Mental hospitals Bombay report 1929-33 - 1929-1933
Year: 1929
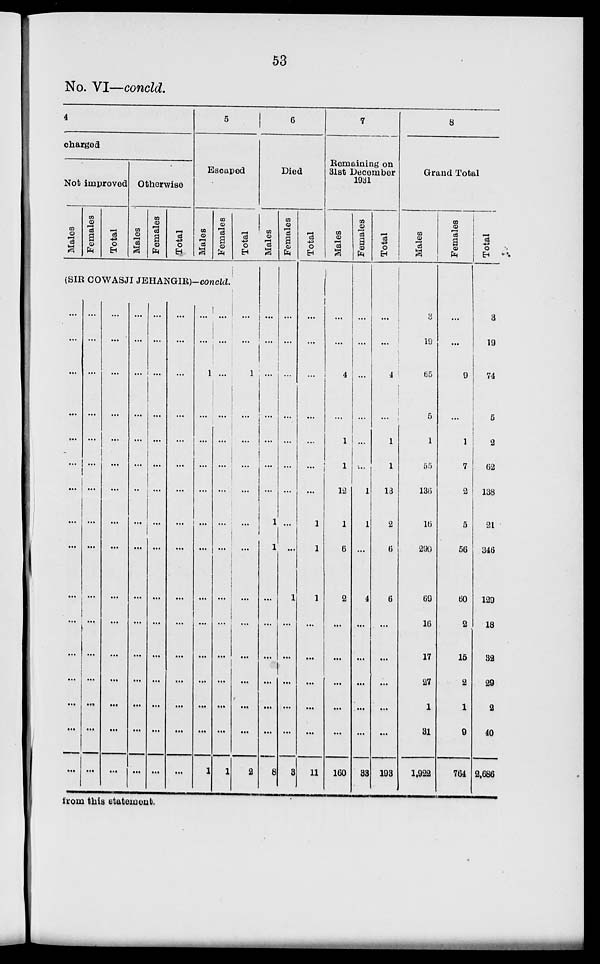
53
No. VI—concld.
4
charged
Not improved
Males
Females
Total
Otherwise
Males
Females
Total
5
Escaped
Males
Females
(SIR COWASJI JEHANGIR)-concld.
...
...
...
...
...
...
...
...
...
...
...
...
...
...
...
...
...
...
...
...
...
...
...
...
...
...
...
...
...
...
...
...
...
...
...
...
...
...
...
...
...
...
...
...
...
...
...
...
...
...
...
...
...
...
...
...
...
...
...
...
...
...
...
...
...
...
...
...
...
...
...
...
...
...
...
...
...
...
...
...
...
...
...
...
...
...
...
...
...
...
...
...
...
...
...
...
...
...
1
...
...
...
...
...
...
...
...
...
...
...
...
1
...
...
...
...
...
...
...
...
...
...
...
...
...
...
...
1
Total
...
...
1
...
...
...
...
...
...
...
...
...
...
...
...
2
6
Died
Males
...
...
...
...
...
...
...
1
1
...
...
...
...
...
...
1
Females
...
...
...
...
...
...
...
...
...
1
...
...
...
...
...
3
Total
...
...
...
...
...
...
...
1
1
1
...
...
...
...
...
11
7
Remaining on
31st December
1931
Males
...
...
4
...
1
1
12
1
6
2
...
...
...
...
...
160
Females
...
...
...
...
...
...
1
1
...
4
...
...
...
...
...
33
Total
...
...
4
...
1
1
13
2
6
6
...
...
...
...
...
193
8
Grand Total
Males
3
19
65
5
1
55
136
l6
290
69
16
17
27
1
31
1,922
Females
...
...
9
...
1
7
2
5
56
60
2
15
2
1
9
764
Total
3
19
74
5
2
62
138
21
346
129
18
32
29
2
40
2,686
from this statement.